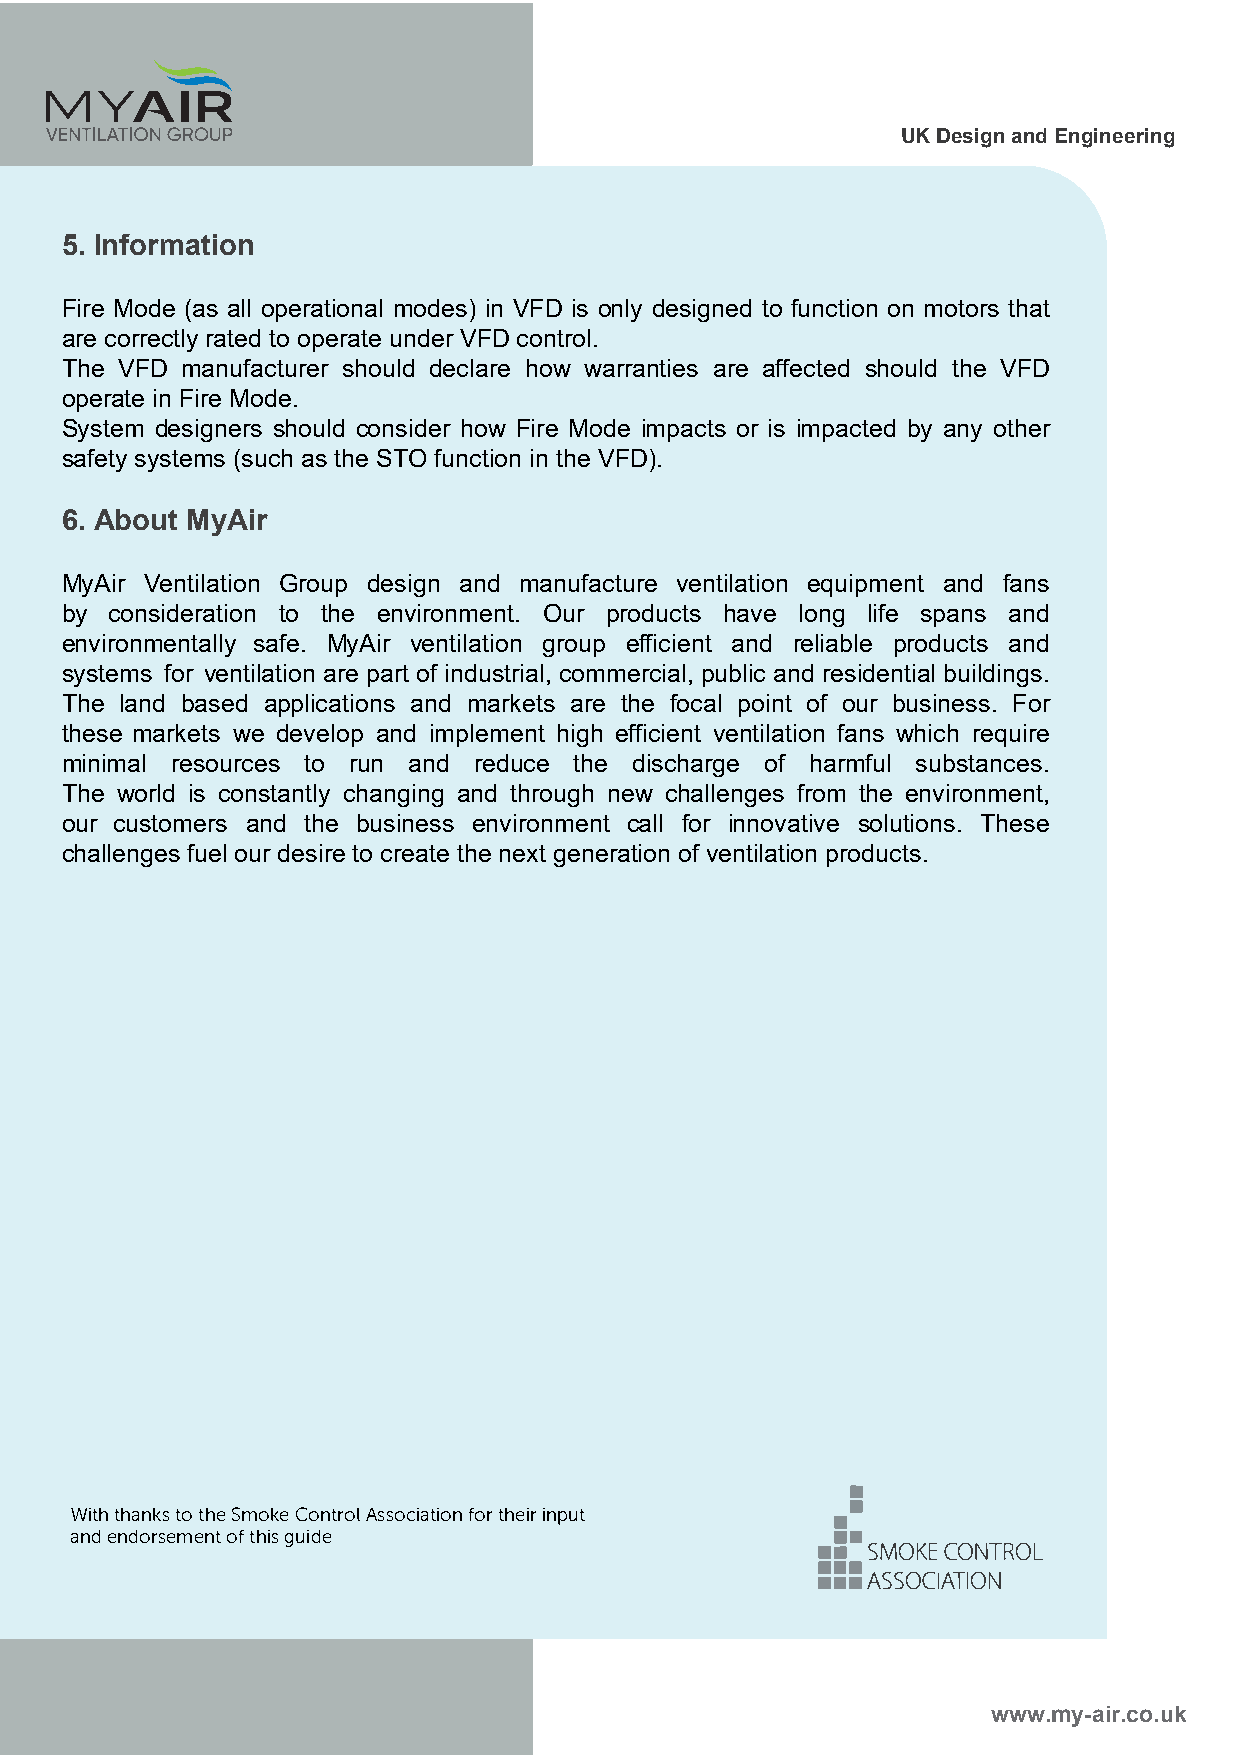
UK Design and Engineering
 5. Information
 Fire Mode (as all operational modes) in VFD is only designed to function on motors that
 are correctly rated to operate under VFD control.
 The VFD manufacturer should declare how warranties are affected should the VFD
 operate in Fire Mode.
 System designers should consider how Fire Mode impacts or is impacted by any other
 safety systems (such as the STO function in the VFD).
 6. About MyAir
 MyAir Ventilation Group design and manufacture ventilation equipment and fans
 by consideration to the environment. Our products have long life spans and
 environmentally safe. MyAir ventilation group efficient and reliable products and
 systems for ventilation are part of industrial, commercial, public and residential buildings.
 The land based applications and markets are the focal point of our business. For
 these markets we develop and implement high efficient ventilation fans which require
 minimal resources to run and reduce the discharge of harmful substances.
 The world is constantly changing and through new challenges from the environment,
 our customers and the business environment call for innovative solutions. These
 challenges fuel our desire to create the next generation of ventilation products.
 •
 •
 •
 Witthh antkots h Sem okCeo ntrAosls ocifaottrih oeinni pru t
 ••=
 ande ndorseomfet nhgtiu si de
 =S=MO=CKOE  N TROL
 ASSOCIATION
 www.my-air.co.uk